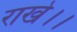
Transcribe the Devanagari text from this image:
राखे।।